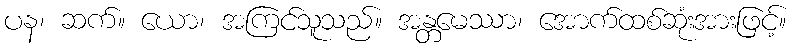
ပန၊ ဆက်။ ယော၊ အကြင်သူသည်။ အန္တမေဿာ၊ အောက်ထစ်ဆုံးအားဖြင့်။